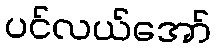
ပင်လယ်အော်